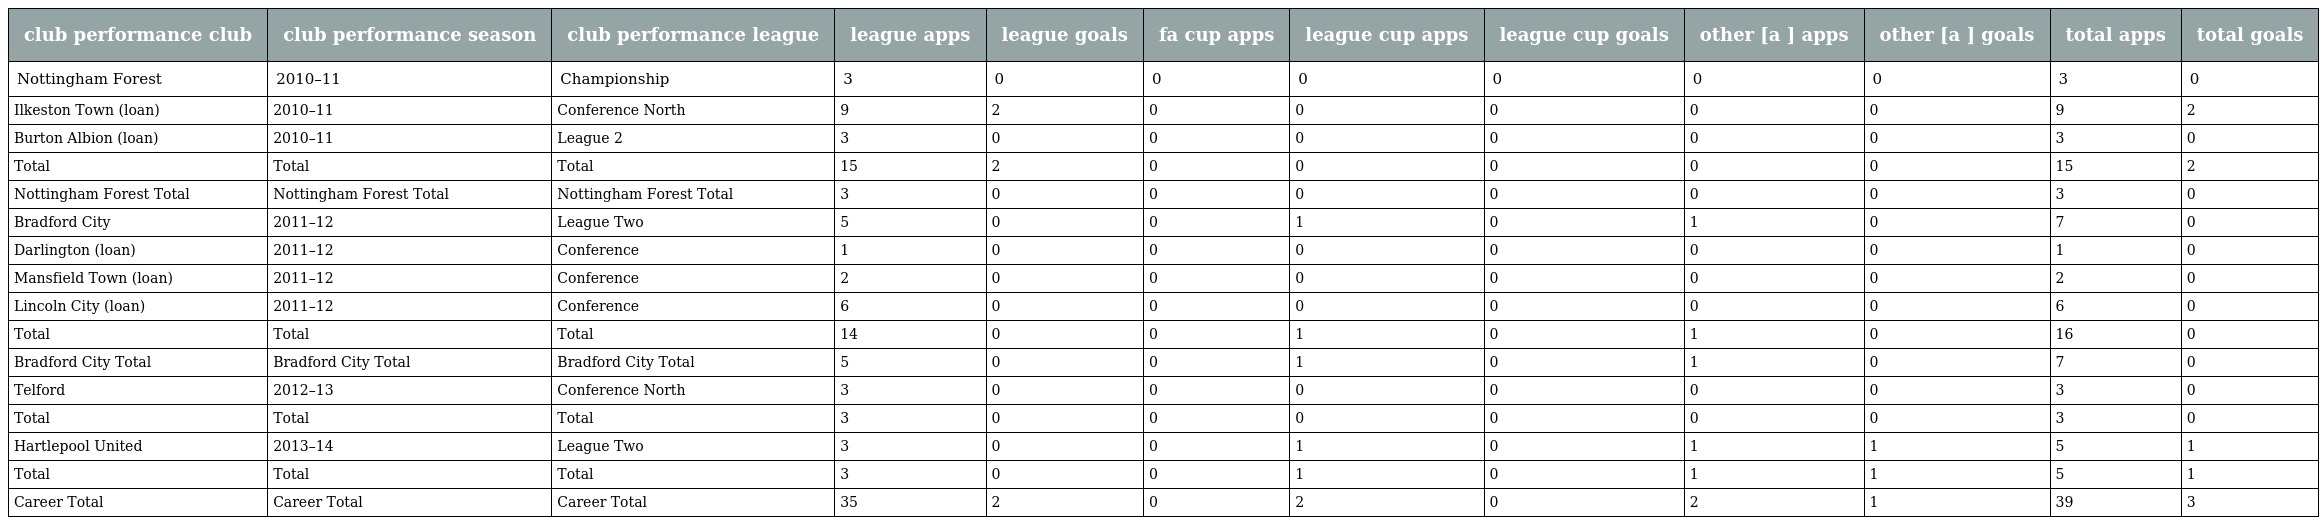
| club performance club | club performance season | club performance league | league apps | league goals | fa cup apps | league cup apps | league cup goals | other [a ] apps | other [a ] goals | total apps | total goals |
 | --- | --- | --- | --- | --- | --- | --- | --- | --- | --- | --- | --- |
 | Nottingham Forest | 2010–11 | Championship | 3 | 0 | 0 | 0 | 0 | 0 | 0 | 3 | 0 |
 | Ilkeston Town (loan) | 2010–11 | Conference North | 9 | 2 | 0 | 0 | 0 | 0 | 0 | 9 | 2 |
 | Burton Albion (loan) | 2010–11 | League 2 | 3 | 0 | 0 | 0 | 0 | 0 | 0 | 3 | 0 |
 | Total | Total | Total | 15 | 2 | 0 | 0 | 0 | 0 | 0 | 15 | 2 |
 | Nottingham Forest Total | Nottingham Forest Total | Nottingham Forest Total | 3 | 0 | 0 | 0 | 0 | 0 | 0 | 3 | 0 |
 | Bradford City | 2011–12 | League Two | 5 | 0 | 0 | 1 | 0 | 1 | 0 | 7 | 0 |
 | Darlington (loan) | 2011–12 | Conference | 1 | 0 | 0 | 0 | 0 | 0 | 0 | 1 | 0 |
 | Mansfield Town (loan) | 2011–12 | Conference | 2 | 0 | 0 | 0 | 0 | 0 | 0 | 2 | 0 |
 | Lincoln City (loan) | 2011–12 | Conference | 6 | 0 | 0 | 0 | 0 | 0 | 0 | 6 | 0 |
 | Total | Total | Total | 14 | 0 | 0 | 1 | 0 | 1 | 0 | 16 | 0 |
 | Bradford City Total | Bradford City Total | Bradford City Total | 5 | 0 | 0 | 1 | 0 | 1 | 0 | 7 | 0 |
 | Telford | 2012–13 | Conference North | 3 | 0 | 0 | 0 | 0 | 0 | 0 | 3 | 0 |
 | Total | Total | Total | 3 | 0 | 0 | 0 | 0 | 0 | 0 | 3 | 0 |
 | Hartlepool United | 2013–14 | League Two | 3 | 0 | 0 | 1 | 0 | 1 | 1 | 5 | 1 |
 | Total | Total | Total | 3 | 0 | 0 | 1 | 0 | 1 | 1 | 5 | 1 |
 | Career Total | Career Total | Career Total | 35 | 2 | 0 | 2 | 0 | 2 | 1 | 39 | 3 |